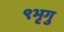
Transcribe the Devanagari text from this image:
९भृगु